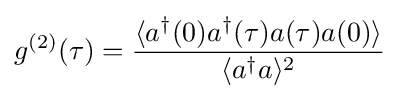
g^{(2)}(\tau )={{\langle a^{\dagger }(0)a^{\dagger }(\tau )a(\tau )a(0)\rangle } \over {\langle a^{\dagger }a\rangle ^{2}}}